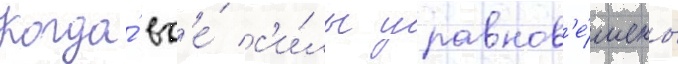
Когда́ вс'е́ с'и́лы уравнов'е́шены